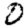
Digit: 0